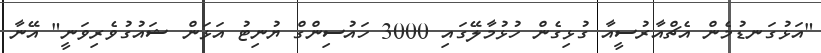
"އަޅުގަނޑުމެން އެޗްއާރުސީއާ ގުޅިގެން ހުޅުމާލޭގައި 3000 ހައުސިންގް ޔުނިޓު އަޅަން ޝައުގުވެރިވަނީ" އޭނާ